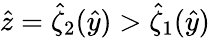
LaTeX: \hat{z}=\hat{\zeta}_{2}(\hat{y})>\hat{\zeta}_{1}(\hat{y})